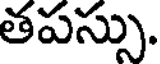
తపస్సు.